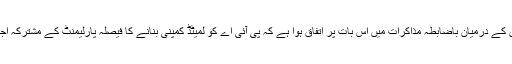
پی آئی اے کی نجکاری پر حکومت اور اپوزیشن جماعتوں کے درمیان باضابطہ مذاکرات میں اس بات پر اتفاق ہوا ہے کہ پی آئی اے کو لمیٹڈ کمپنی بنانے کا فیصلہ پارلیمنٹ کے مشترکہ اجلاس میں ہو گا جو تین سے چار روز تک جاری رہے گا۔